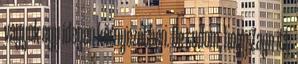
vagyok egy idegen környezetben. De tudom, hogy Zayn itt